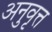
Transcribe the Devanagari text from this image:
अनुवृत्त